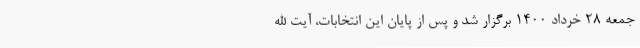
جمعه ۲۸ خرداد ۱۴۰۰ برگزار شد و پس از پایان این انتخابات، آیت الله